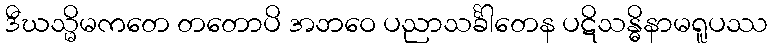
ဒီဃသ္မိမကတေ တတောပိ အဘဝေ ပညာသင်္ခါတေန ပဋိသန္ဓိနာမရူပဿ